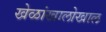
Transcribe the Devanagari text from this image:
खेळांखालोखाल